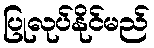
ပြုလုပ်နိုင်မည်